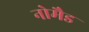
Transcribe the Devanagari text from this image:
नोमैड